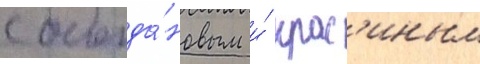
с богда́новым и́ крас'иным